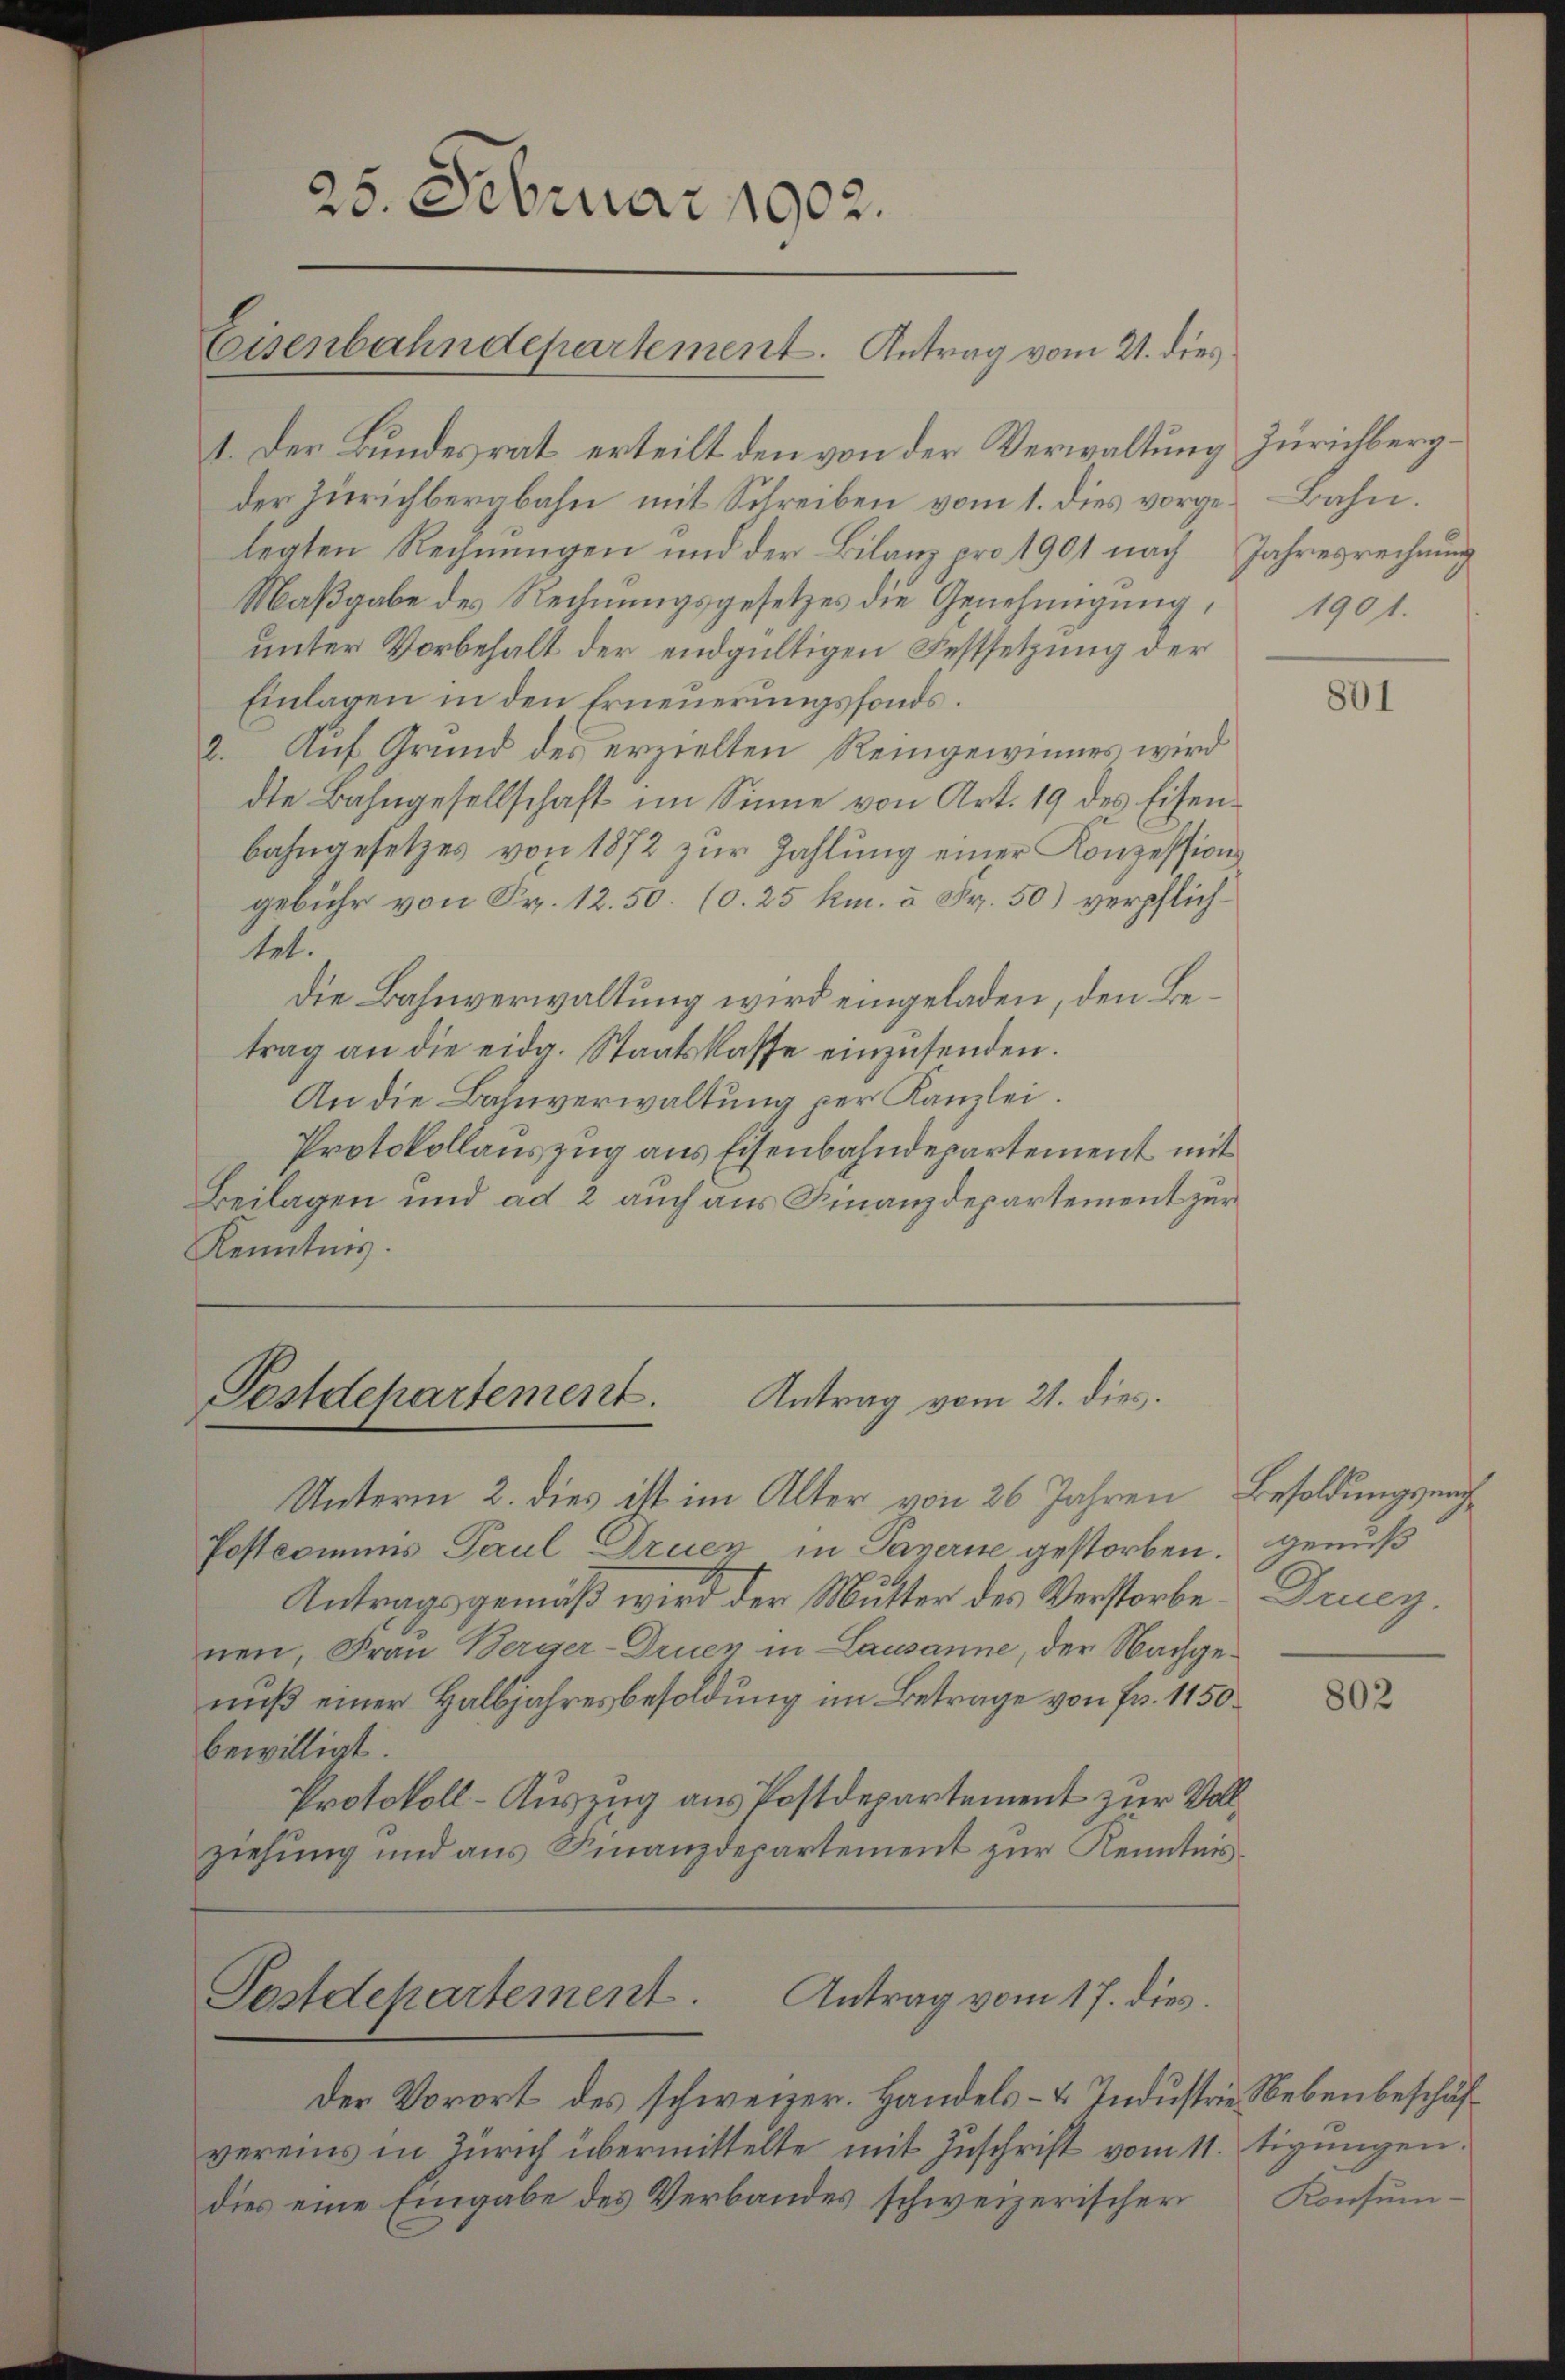
1. Der Bundesrat erteilt den von der Verwaltung Zürichbergder Zürichbergbahn mit Schreiben vom 1. dies vorge-Bahn.
legten Rechnungen und der Bilanz pro 1901 nach Jahresrechnung
Maßgabe des Rechnungsgesetzes die Genehmigung, 1901.
unter Vorbehalt der endgültigen Festsetzung der
Einlagen in den Erneuerungsfonds.
2. Auf Grund des erzielten Reingewinnes wird
dte Bahngesellschaft im Sinne von Art. 19 des Eisenbahngesetzes von 1872 zur Zahlung einer Konzession
gebühr von Sr. 12.50. (S. 25 km. à Fr. 50) verpflichtel.
Die Bahnverwaltung wird eingeladen, den Betrag an die eidg. Staatskasse einzŭsenden.
An die Bahnverwaltung per Kanzlei.
Protokollauszug aus Eisenbahndepartement mit
Beilagen und ad 2 auch aus Finanzdepartement zur
Kenntnis.

25. Februar 1902.

Eisenbahndepartement. Antrag vom 21. dies

Pestdepartement.
Antrag vom 21. dies.

Unterm 2. dies ist im Alter von 26 Jahren Besoldungsnach¬
Postcommis Paul Druen in Payerne gestorben. Genuß
Antragsgemäß wird der Mutter des Verstorbe, Druey.
nen, Frau Berger-Druen in Lausanne, der Nachgenuß einer Halbjahresbesoldung im Betrage von Fr. 1150.
bewilligt.
Protokoll-Auszug aus Postdepartement zur Vollziehung und aus Finanzdepartement zur Kenntnis

Postdepartement
Antrag vom 17. dies

der Vorort des schweizer. Handels- & Industrie Nebenbeschäfvereins in Zürich übermittelte mit Zuschrift vom 11. tigungen.
dies eine Eingabe des Verbandes schweizerischer

801

802

Konsum¬